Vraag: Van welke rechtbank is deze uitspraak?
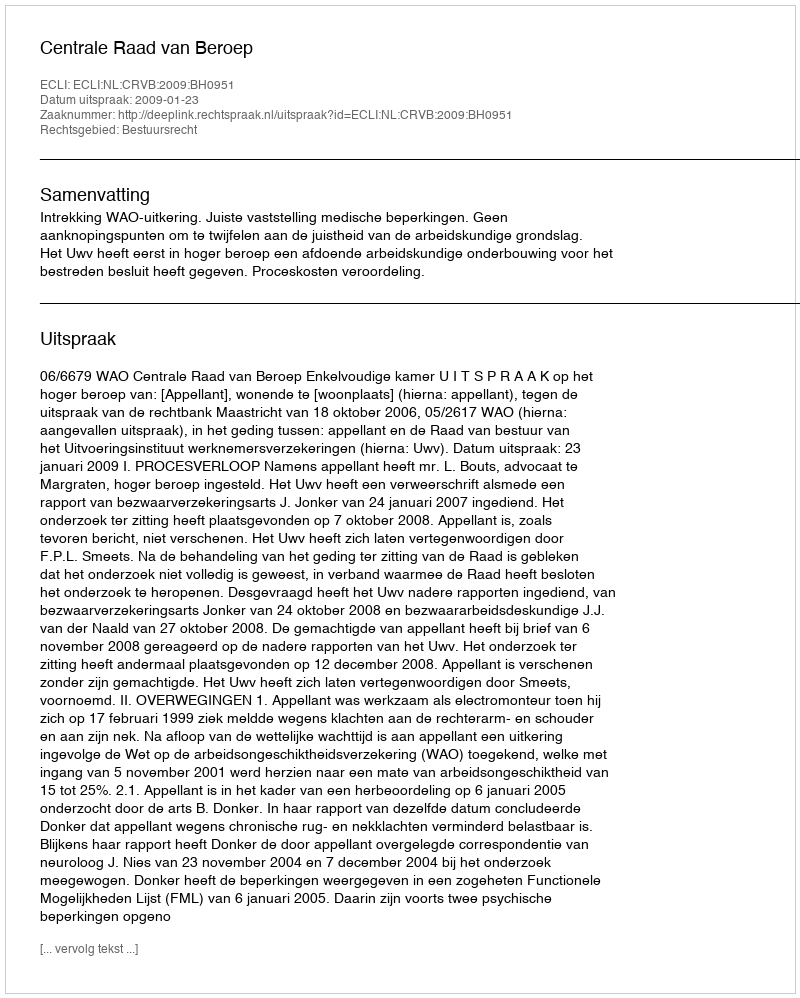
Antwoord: Centrale Raad van Beroep